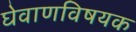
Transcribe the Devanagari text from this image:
घेवाणविषयक